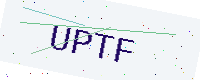
Text: UPTF